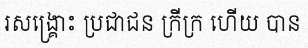
រសង្គ្រោះ ប្រជាជន ក្រីក្រ ហើយ បាន